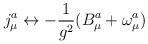
LaTeX: \begin{align*}j^{a}_{\mu} \leftrightarrow - \frac{1}{g^{2}} (B^{a}_{\mu} +\omega^{a}_{\mu}) \end{align*}